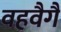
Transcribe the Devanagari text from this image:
वहवैगै